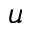
u